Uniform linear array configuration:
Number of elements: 12
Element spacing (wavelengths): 1
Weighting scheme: binomial
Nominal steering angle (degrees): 60
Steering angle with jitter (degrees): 60.975
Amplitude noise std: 0.05
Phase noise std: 0.05

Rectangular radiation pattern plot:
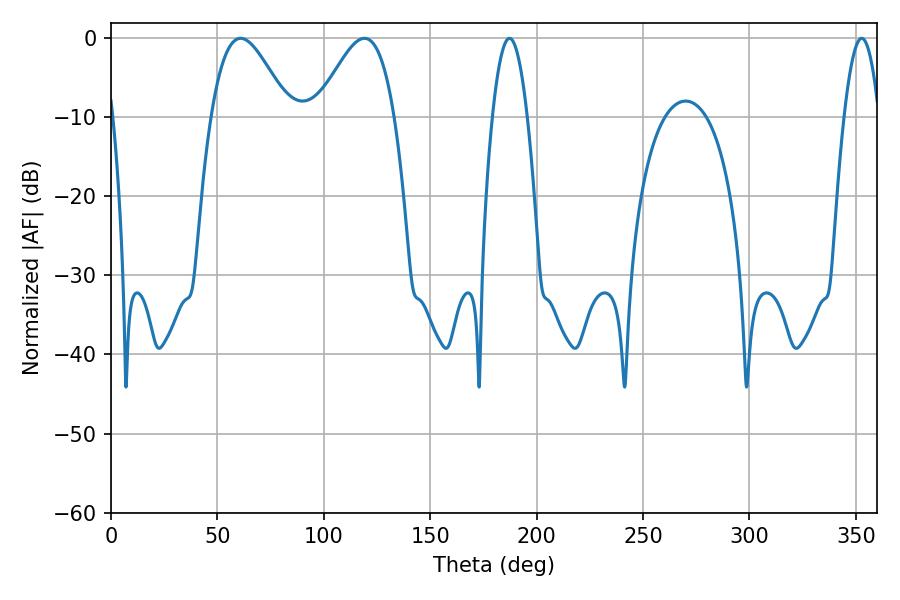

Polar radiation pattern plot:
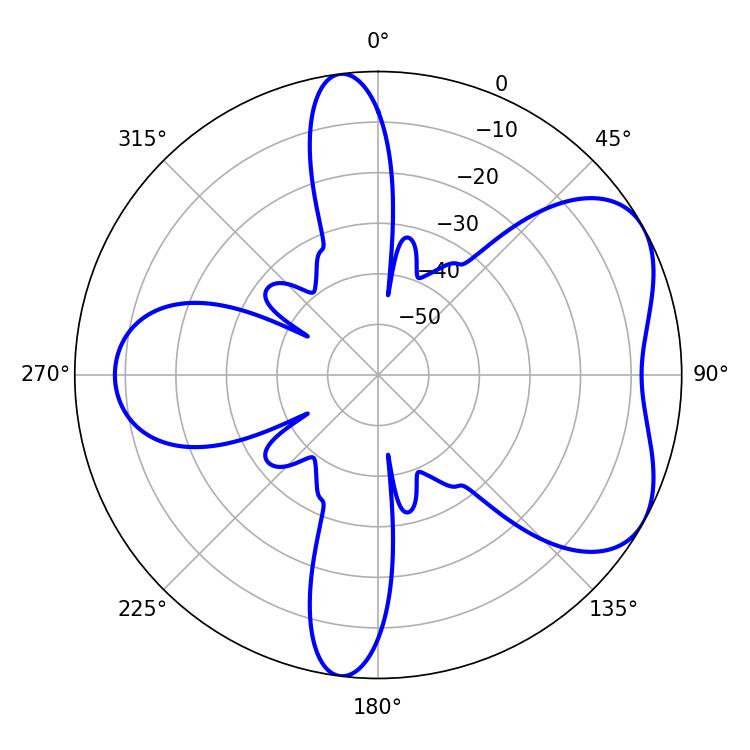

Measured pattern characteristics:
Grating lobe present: TRUE
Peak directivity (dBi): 5.369
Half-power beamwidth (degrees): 19.44
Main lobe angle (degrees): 60.84